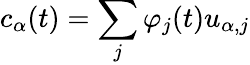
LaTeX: c_{\alpha}(t)=\sum_{j}\varphi_{j}(t)u_{\alpha,j}